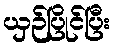
ယှဉ်ပြိုင်ပြီး